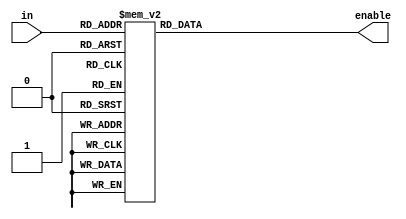

// enable: 16 bit output where only one bit can be a 1. Wire this to the enable of the registers.

// in: 4 bits fetched from 32 bit instruction. These 4 bits decide which bit is a one in enable. Parse these bits from
// the fetched instruction (bits [19-22].

module decoder_4to16 (in, enable);
    input [3:0] in;
    output reg [15:0] enable;

    always @ *
    begin
        case (in)
            4'd0: enable = 16'd1;
            4'd1: enable = 16'd2;
            4'd2: enable = 16'd4;
            4'd3: enable = 16'd8;
            4'd4: enable = 16'd16;
            4'd5: enable = 16'd32;
            4'd6: enable = 16'd64;
            4'd7: enable = 16'd128;
            4'd8: enable = 16'd256;
            4'd9: enable = 16'd512;
            4'd10: enable =  16'd1024;
            4'd11: enable =  16'd2048;
            4'd12: enable =  16'd4096;
            4'd13: enable =  16'd8192;
            4'd14: enable =  16'd16384;
            4'd15: enable =  16'd32768;
            default: enable = {16{1'bz}};
        endcase
    end
endmodule